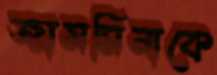
জাসমিনাকে